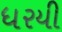
ધરયી